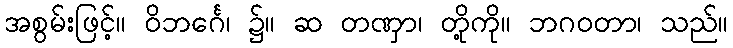
အစွမ်းဖြင့်။ ဝိဘင်္ဂေ၊ ၌။ ဆ တဏှာ၊ တို့ကို။ ဘဂဝတာ၊ သည်။